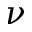
\nu